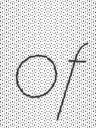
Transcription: of